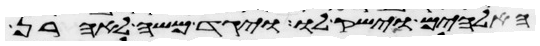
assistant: האלהים וישק לו ויגד משה לאהרן